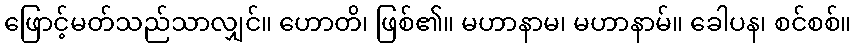
ဖြောင့်မတ်သည်သာလျှင်။ ဟောတိ၊ ဖြစ်၏။ မဟာနာမ၊ မဟာနာမ်။ ခေါပန၊ စင်စစ်။